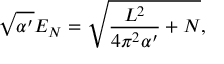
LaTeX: \sqrt { \alpha ^ { \prime } } E _ { N } = \sqrt { \frac { L ^ { 2 } } { 4 \pi ^ { 2 } \alpha ^ { \prime } } + N } ,